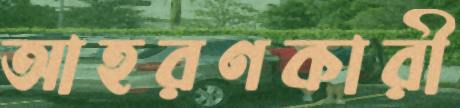
আহরণকারী